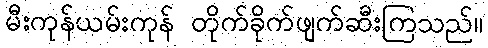
မီးကုန်ယမ်းကုန် တိုက်ခိုက်ဖျက်ဆီးကြသည်။